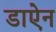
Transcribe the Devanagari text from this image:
डाऐन